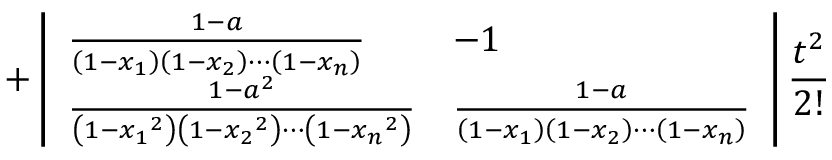
+ \left| \begin{array} { l l } { \frac { 1 - a } { \left( 1 - { x _ { 1 } } \right) \left( 1 - { x _ { 2 } } \right) \cdots \left( 1 - { x _ { n } } \right) } } & { - 1 } \\ { \frac { 1 - a ^ { 2 } } { \left( 1 - { x _ { 1 } } ^ { 2 } \right) \left( 1 - { x _ { 2 } } ^ { 2 } \right) \cdots \left( 1 - { x _ { n } } ^ { 2 } \right) } } & { \frac { 1 - a } { \left( 1 - { x _ { 1 } } \right) \left( 1 - { x _ { 2 } } \right) \cdots \left( 1 - { x _ { n } } \right) } } \end{array} \right| \frac { t ^ { 2 } } { 2 ! }